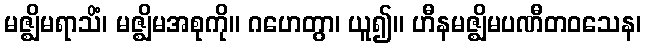
မဇ္ဈိမရာသိံ၊ မဇ္ဈိမအစုကို။ ဂဟေတွာ၊ ယူ၍။ ဟီနမဇ္ဈိမပဏီတဝသေန၊